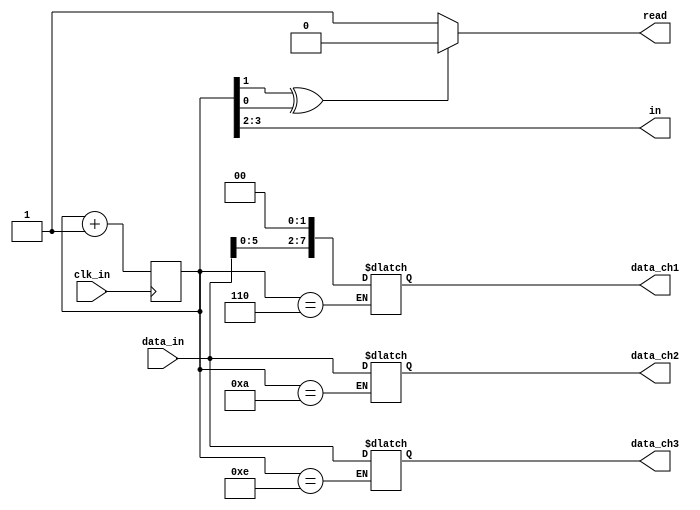
module ADC
(
	input  wire clk_in,
	input  wire [7:0]data_in,
	output wire read,
	output reg  [7:0]data_ch1,data_ch2,data_ch3,
	output [1:0]in
);

reg [3:0]state;

always @ (posedge clk_in)
begin
	state <= state + 1'b1;
end

assign read = (state[1]^state[0]) ? 1'b0 : 1'b1;
assign in[1] = state[3];
assign in[0] = state[2];

always @(state)
begin
	case(state)
		4'b0110:data_ch1 <= data_in<<2;
		4'b1010:data_ch2 <= data_in;
		4'b1110:data_ch3 <= data_in;
	endcase
end

endmodule